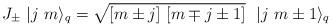
LaTeX: \begin{align*}J_{\pm }\ |j\ m\rangle _{q}=\sqrt{[m\pm j]\ [m\mp j\pm 1]}\ \ |j\ m\pm1\rangle _{q}\end{align*}